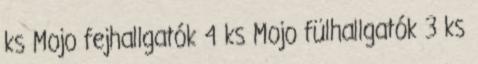
ks Mojo fejhallgatók 4 ks Mojo fülhallgatók 3 ks